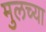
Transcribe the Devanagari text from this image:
मुलच्या